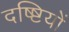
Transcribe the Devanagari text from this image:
दष्ष्टियों